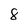
Character: 8